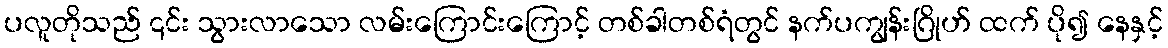
ပလူတိုသည် ၎င်း သွားလာသော လမ်းကြောင်းကြောင့် တစ်ခါတစ်ရံတွင် နက်ပကျွန်းဂြိုဟ် ထက် ပို၍ နေနှင့်